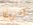
امريكا